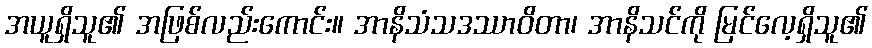
အယူရှိသူ၏ အဖြစ်လည်းကောင်း။ အာနိသံသဒဿာဝိတာ၊ အာနိသင်ကို မြင်လေ့ရှိသူ၏